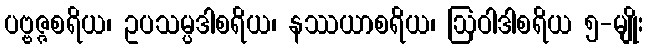
ပဗ္ဗဇ္ဇစရိယ၊ ဥပသမ္ပဒါစရိယ၊ နဿယာစရိယ၊ ဩဝါဒါစရိယ ၅-မျိုး